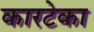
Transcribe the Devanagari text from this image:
कारटेका